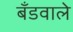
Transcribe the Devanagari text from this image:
बँडवाले